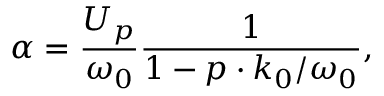
\alpha = \frac { U _ { p } } { \omega _ { 0 } } \frac { 1 } { 1 - \boldsymbol { p } \cdot \boldsymbol { k } _ { 0 } / \omega _ { 0 } } ,